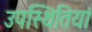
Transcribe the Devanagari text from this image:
उपस्थितियां